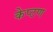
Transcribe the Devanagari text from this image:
केप्टण